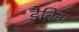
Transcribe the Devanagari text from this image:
डैविना